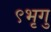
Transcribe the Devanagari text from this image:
९भृगु